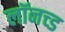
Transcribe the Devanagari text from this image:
लॉनच्ड